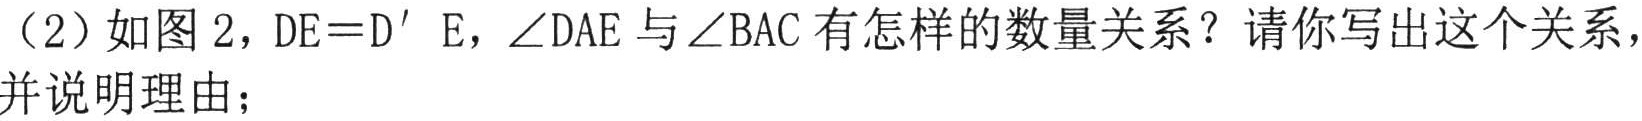
（2）如图 2，$DE = D^{\prime}E$，$\angle DAE$与$\angle BAC$有怎样的数量关系？请你写出这个关系，并说明理由；